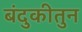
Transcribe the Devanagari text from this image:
बंदुकीतुन